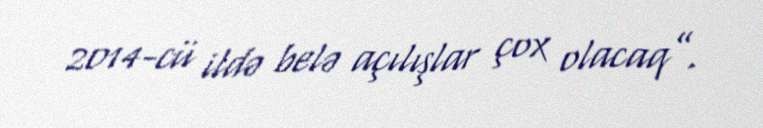
2014-cü ildə belə açılışlar çox olacaq”.